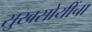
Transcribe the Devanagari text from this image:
सुखसोयींचा